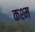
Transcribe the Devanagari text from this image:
कश्म